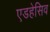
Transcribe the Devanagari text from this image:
एडहेसिव